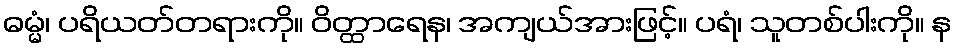
ဓမ္မံ၊ ပရိယတ်တရားကို။ ဝိတ္ထာရေန၊ အကျယ်အားဖြင့်။ ပရံ၊ သူတစ်ပါးကို။ န